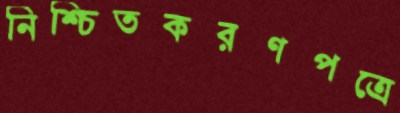
নিশ্চিতকরণপত্রে